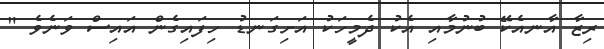
ރިޒާ އާނއެކޭ ބުނުމާއި އެކު ދެމީހަކު އަށިގަނޑު ހިފައިގެން އައިސް ވަނެވެ "